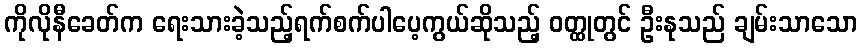
ကိုလိုနီခေတ်က ရေးသားခဲ့သည့်ရက်စက်ပါပေ့ကွယ်ဆိုသည့် ဝတ္ထုတွင် ဦးနုသည် ချမ်းသာသော